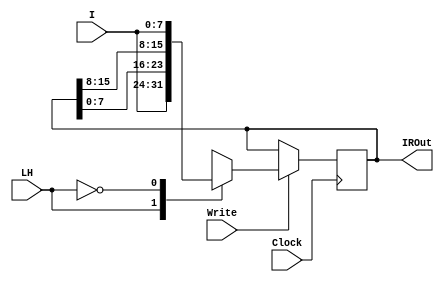
`timescale 1ns / 1ps

module InstructionRegister(Clock, Write, LH, I, IROut);

    input Clock, Write, LH;
    input [7:0] I;
    output reg [15:0] IROut;

    always @(posedge Clock) begin
        if (Write == 1) begin
            case (LH)
                1'b1: IROut <= {I, IROut[7:0]};
                1'b0: IROut <= {IROut[15:8], I};
                
                default: IROut <= IROut;
            endcase
        end else begin
            IROut = IROut;
            end
    end
endmodule